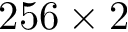
2 5 6 \times 2